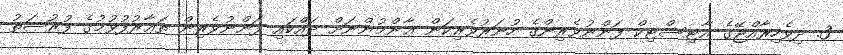
3. ދިވެހިރާއްޖޭގެ އާޓިސްޓިކް ފަންނުވެރިންގެ ހުނަރުވެރިކަން ޢާންމުންނަށް ދައްކައި ފަންނުވެރިން ތަޢާރުފުވުމުގެ ފުރުޞަތު